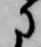
に